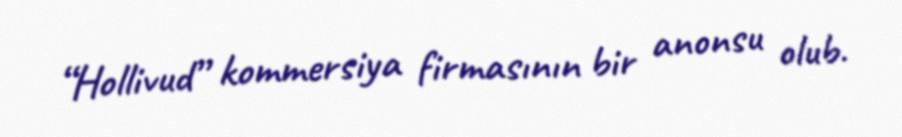
“Hollivud” kommersiya firmasının bir anonsu olub.